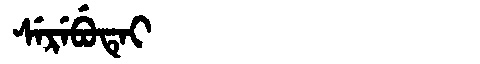
Manchu: ᠰᡝᡵᡝᠪᡠᡨᡝᡳ
Romanization: SEREBUTEI